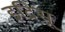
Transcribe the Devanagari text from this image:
इद्रिसू